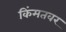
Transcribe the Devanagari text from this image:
किंमतवर